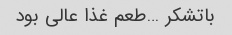
باتشکر …طعم غذا عالی بود